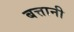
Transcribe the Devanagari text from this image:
बत्तानी